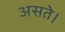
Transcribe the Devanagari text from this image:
असते।